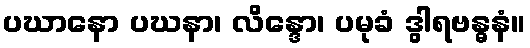
ပဃာနော ပဃနာ၊ လိန္ဒော၊ ပမုခံ ဒွါရဗန္ဓနံ။